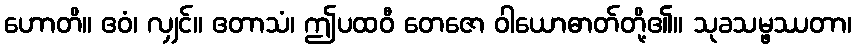
ဟောတိ။ ဧဝံ၊ လျှင်။ ဧတာသံ၊ ဤပထဝီ တေဇော ဝါယောဓာတ်တို့၏။ သုခသမ္ဖဿတာ၊